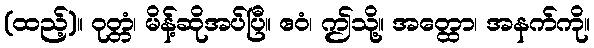
(ထည့်)။ ဝုတ္တံ၊ မိန့်ဆိုအပ်ပြီ။ ဧဝံ၊ ဤသို့။ အတ္ထော၊ အနက်ကို။